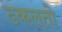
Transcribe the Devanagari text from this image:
ढकलतो